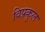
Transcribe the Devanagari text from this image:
विप्रकुल